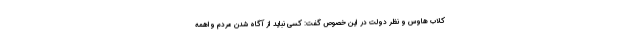
کلاب هاوس و نظر دولت در این خصوص گفت: کسی نباید از آگاه شدن مردم واهمه